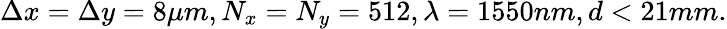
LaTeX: \Delta x=\Delta y=8\mu m,N_{x}=N_{y}=512,\lambda=1550nm,d<21mm.